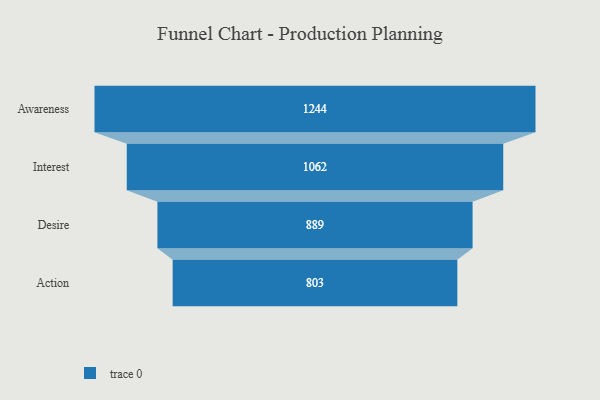
{"axis": {"x": "Stage", "y": "Value"}, "legend": [""], "data": [{"x": "Awareness", "y": 1244.0, "type": ""}, {"x": "Interest", "y": 1062.0, "type": ""}, {"x": "Desire", "y": 889.0, "type": ""}, {"x": "Action", "y": 803.0, "type": ""}]}